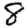
Digit: 8